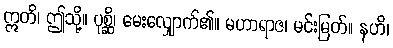
ဣတိ၊ ဤသို့။ ပုစ္ဆိ၊ မေးလျှောက်၏။ မဟာရာဇ၊ မင်းမြတ်။ နဟိ၊